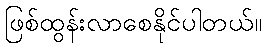
ဖြစ်ထွန်းလာစေနိုင်ပါတယ်။